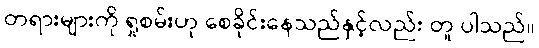
တရားများကို ရှုစမ်းဟု စေခိုင်းနေသည်နှင့်လည်း တူ ပါသည်။